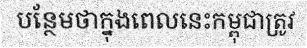
បន្ថែមថាក្នុងពេលនេះកម្ពុជាត្រូវ